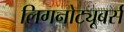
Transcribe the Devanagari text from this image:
लिगनोट्यूबर्स